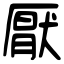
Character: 厭